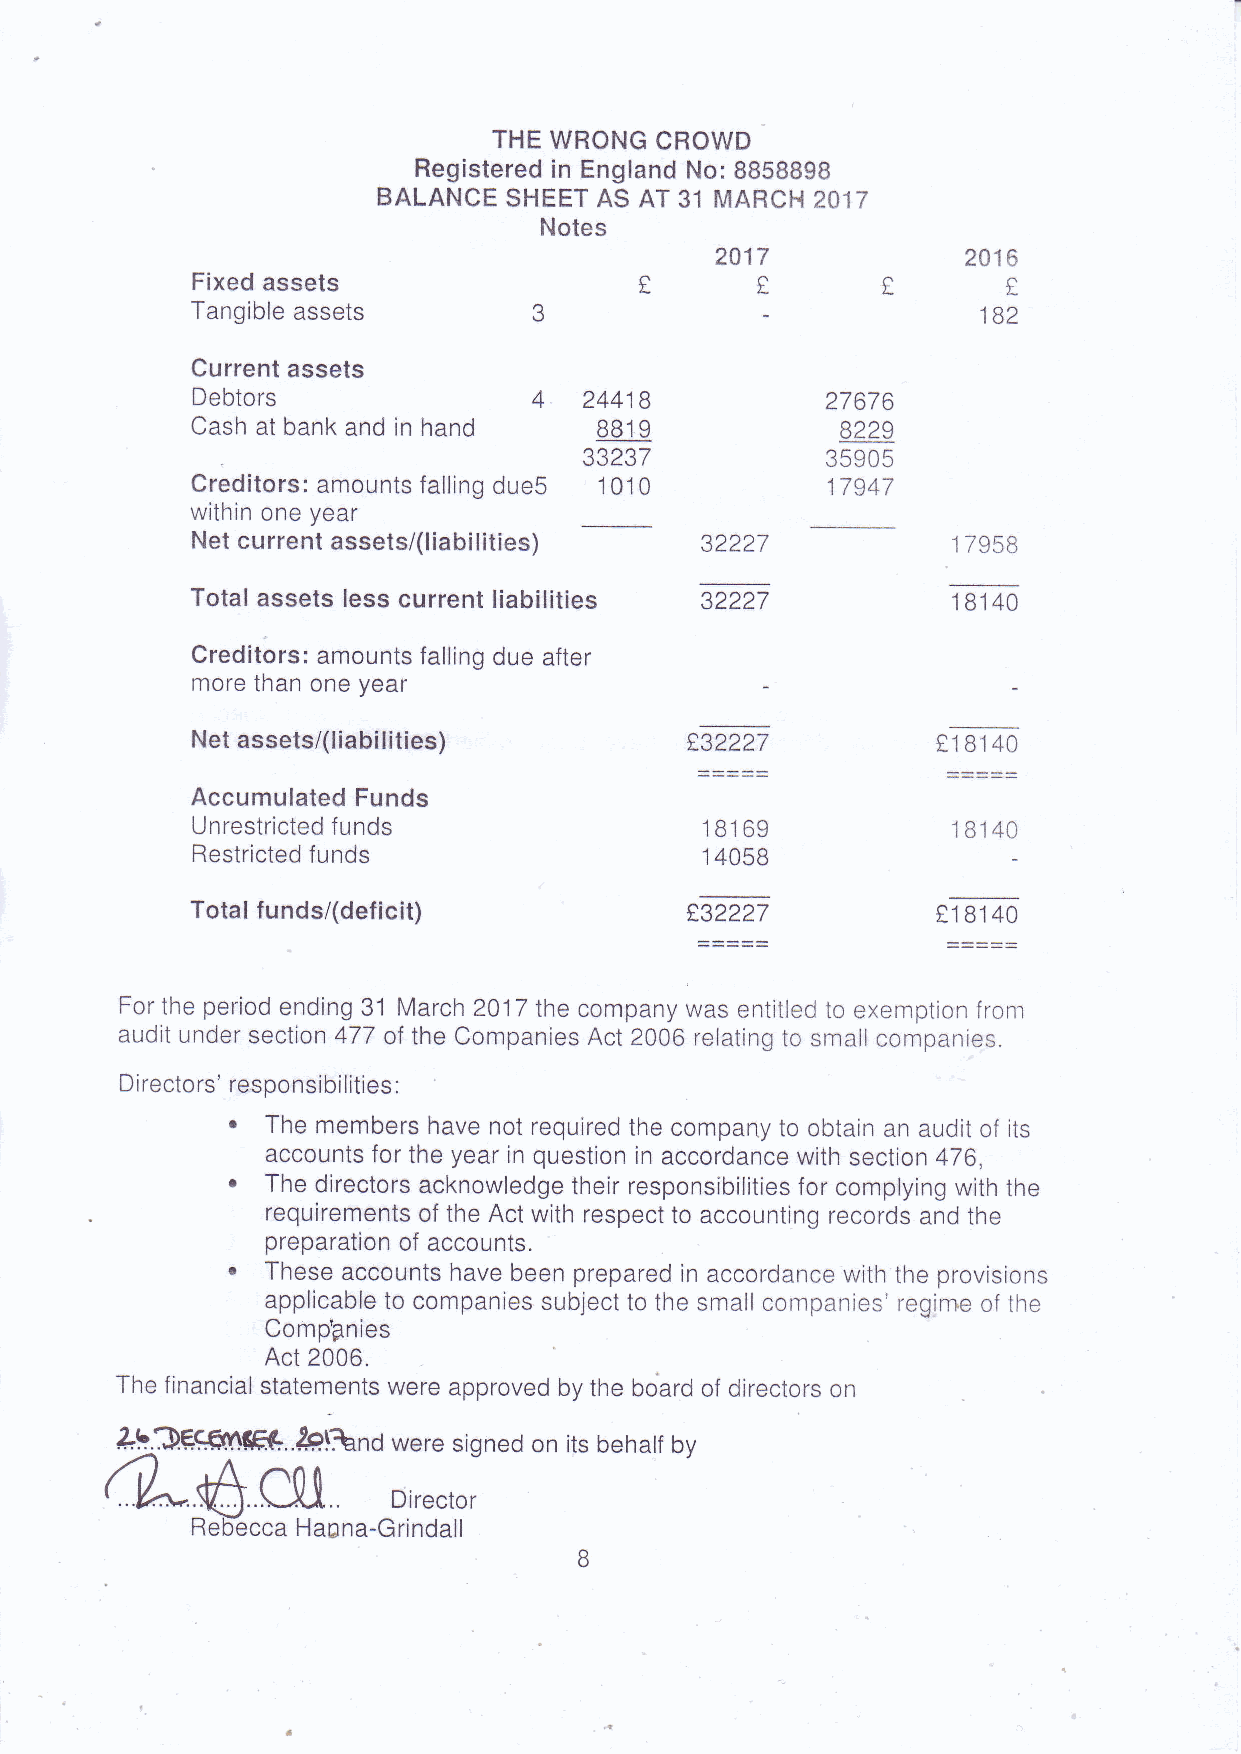
THEW RONGC  ROWD
 Registereidn EnglandN o:8 858BgB
 BALANCES  HEETA SA T 31 MARCH2 017
 Notes
 2017             2016
 Fixeda ssets                         f
 T        L
 Tangiblaes sets       3                             182
 Currenta ssets
 Debtors               4   24418           27676
 Casha t banka ndi n hand   BB91            8229
 33237           35905
 Creditorsa: mountfsa llingd ue5 10'10     17947
 withino ney ear
 Netc urrenta ssets/(liabIi ti ies) 32227          17 958
 Totala ssetsl essc urrentl iabilities 32227       18140
 Creditorsa: mountfsa llingd uea fter
 moret hano ney ear
 ,y:::
 Neta ssets/(liabliti ies)                        tl 814 0
 =====
 AccumulateFdu nds
 Unrestrictfeudn ds                18169           18140
 Restrictefdu nds                  14 058
 Totalf unds/(deficit)            t32227          t18 14 0
 Fort hep eriode nding3 1 March2 017t hec ompanwy ase ntitletdo exemptiofnro m
 audiut ndersectio4n7 7o ft heC ompanieAsc t2 006r elatintgo smalcl ompanies.
 Directorrse' soonsibilit:ies
 '  Them emberhsa ven otr equiretdh ec ompantyo obtaina na udito f its
 accountfso rt hey eari nq uestioinn a ccordancwei ths ection4 76,
 .  Thed irectorasc knowledgthee irr esponsibilitfioersc omplyinwgi tht he
 requiremenotsf t heA ctw ithr espectto accountinrge cordsa ndt he
 preparatioonf a ccounts.
 .  Thesea ccounthsa veb eenp repareidn a ccordancwei tht hep rovisions
 applicabtleo companiessu bjectto thes malcl ompanierse' gimeo ft he
 Complnies
 Act2 006.
 Thef inanciaslt atemenwtse rea pprovebdy t heb oardo f directorosn
 eFf.?e.9$flffit..29lfondw eres ignedo n itsb ehatfb y
 ( --1   A
 /*-ffiCAi        Director
 Re YeccaH a an a-Gri n daIl
 B